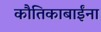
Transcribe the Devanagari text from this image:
कौतिकाबाईंना